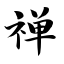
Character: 禅